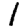
Digit: 1